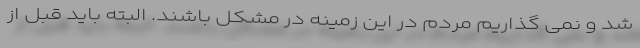
شد و نمی گذاریم مردم در این زمینه در مشکل باشند. البته باید قبل از